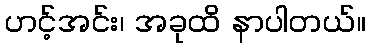
ဟင့်အင်း၊ အခုထိ နာပါတယ်။